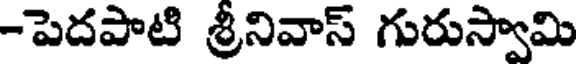
-పెదపాటి శ్రీనివాస్ గురుస్వామి